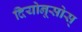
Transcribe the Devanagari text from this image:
दियोनूसोस्